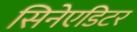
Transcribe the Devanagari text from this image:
सिनेएडिटर